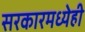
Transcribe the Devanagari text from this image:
सरकारमध्येही